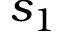
s _ { 1 }